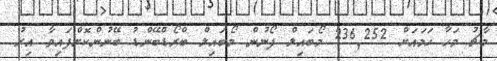
މާޗު މަހާ ހަމައަށް 236